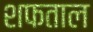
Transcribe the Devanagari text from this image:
शफताल